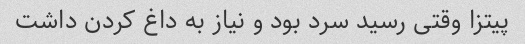
پیتزا وقتی رسید سرد بود و نیاز به داغ کردن داشت